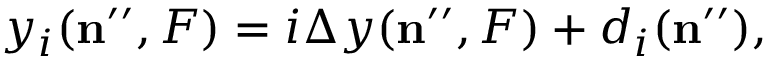
y _ { i } ( \mathbf { n } ^ { \prime \prime } , F ) = i \Delta y ( \mathbf { n } ^ { \prime \prime } , F ) + d _ { i } ( \mathbf { n } ^ { \prime \prime } ) ,